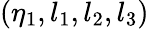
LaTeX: (\eta_{1},l_{1},l_{2},l_{3})